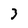
Character: 3